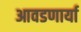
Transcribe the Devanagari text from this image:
आवडणार्या